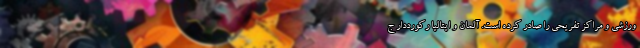
ورزشی و مراکز تفریحی را صادر کرده است. آلمان و ایتالیا رکورددار ج